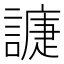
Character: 𧫰